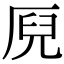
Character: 𠩫